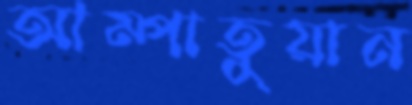
আম্পাতুয়ান